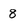
Character: 8